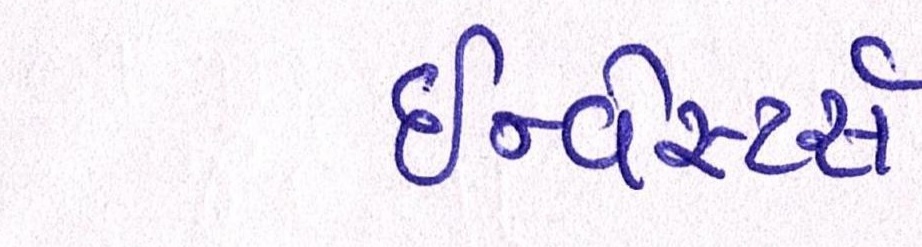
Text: ઇન્વેસ્ટર્સ